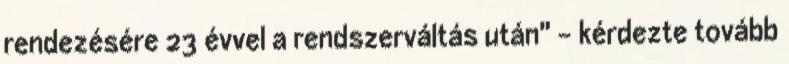
rendezésére 23 évvel a rendszerváltás után" - kérdezte tovább